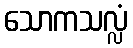
သောကသလ္လံ